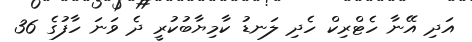
އަދި އޭނާ ހެޓްރިކް ހެދި ލަނޑު ކާމިޔާބުކުރީ ދެ ވަނަ ހާފުގެ 36